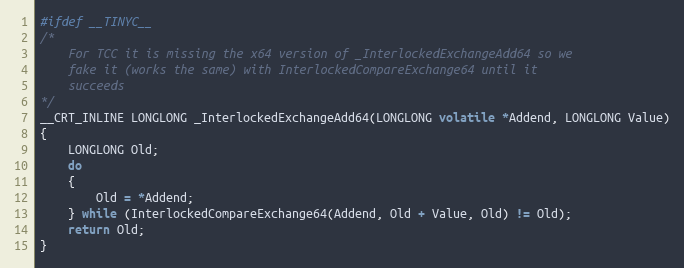
Language: C
#ifdef __TINYC__
/*
    For TCC it is missing the x64 version of _InterlockedExchangeAdd64 so we
    fake it (works the same) with InterlockedCompareExchange64 until it
    succeeds
*/
__CRT_INLINE LONGLONG _InterlockedExchangeAdd64(LONGLONG volatile *Addend, LONGLONG Value)
{
    LONGLONG Old;
    do
    {
        Old = *Addend;
    } while (InterlockedCompareExchange64(Addend, Old + Value, Old) != Old);
    return Old;
}